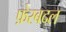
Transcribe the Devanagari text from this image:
फ़ेरबदल